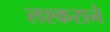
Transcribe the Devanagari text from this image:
लश्कराने